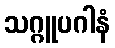
သဂ္ဂူပဂါနံ